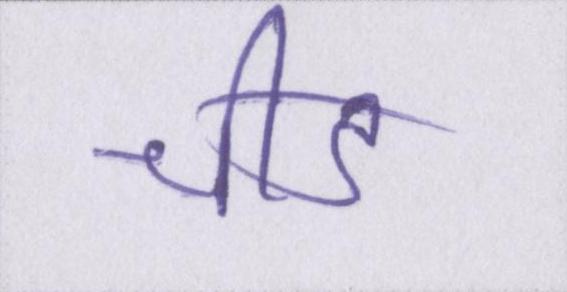
चीड